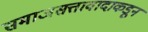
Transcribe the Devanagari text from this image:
समाजसत्तावादाकडून